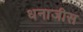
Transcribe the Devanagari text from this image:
धनाजीस